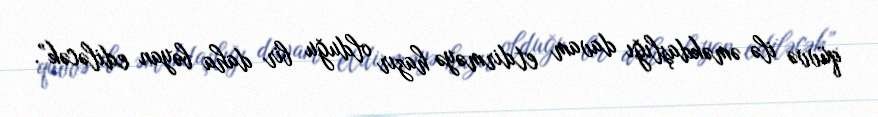
qüvvə ilə əməkdaşlığı davam etdirməyə hazır olduğu bir daha bəyan ediləcək”.